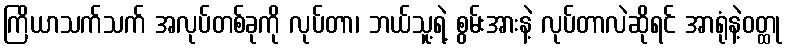
ကြိယာသက်သက် အလုပ်တစ်ခုကို လုပ်တာ၊ ဘယ်သူ့ရဲ့ စွမ်းအားနဲ့ လုပ်တာလဲဆိုရင် အာရုံနဲ့ဝတ္ထု